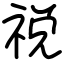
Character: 祱